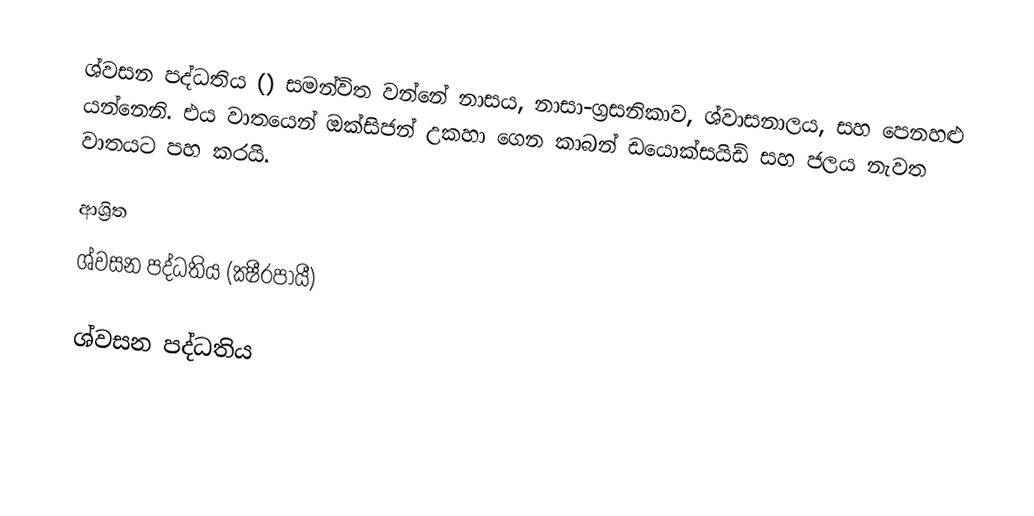
ශ්වසන පද්ධතිය  () සමන්විත වන්නේ නාසය, නාසා-ග්‍රසනිකාව, ශ්වාසනාලය, සහ පෙනහළු යන්නෙනි. එය වාතයෙන් ඔක්සිජන් උකහා ගෙන කාබන් ඩයොක්සයිඩ් සහ ජලය නැවත වාතයට පහ කරයි.

ආශ්‍රිත
 ශ්වසන පද්ධතිය (ක්‍ෂීරපායී)

ශ්වසන පද්ධතිය